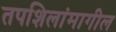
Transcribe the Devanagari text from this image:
तपशिलांमागील